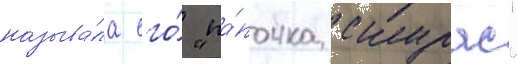
называ́ла его́ "па́почка скурас"